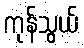
ကုန်သွယ်